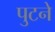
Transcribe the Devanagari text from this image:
पुटने